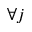
\forall j